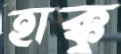
হাক্কু